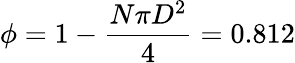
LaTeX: \phi=1-\frac{N\pi D^{2}}{4}=0.812